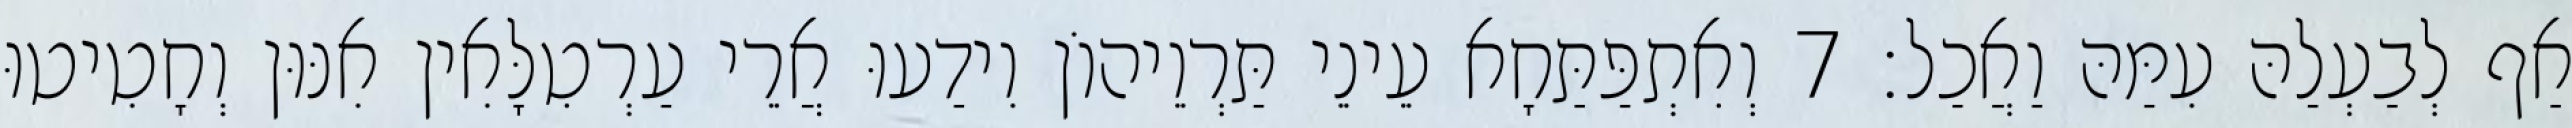
אַף לְבַעְלַהּ עִמַּהּ וַאֲכַל׃ 7 וְאִתְפַּתַּחָא עֵינֵי תַּרְוֵיהוֹן וִידַעוּ אֲרֵי עַרְטִלָּאִין אִנּוּן וְחָטִיטוּ